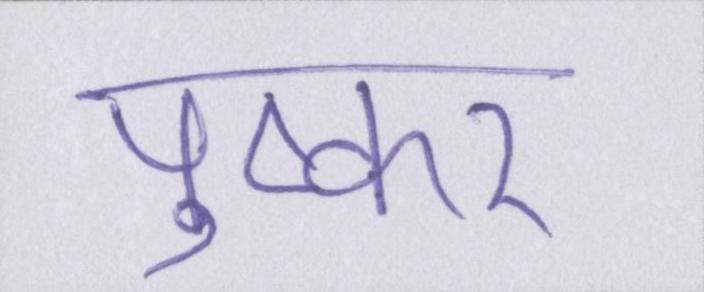
पुष्कर